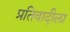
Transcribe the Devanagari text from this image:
प्रतिवादीला